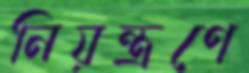
নিয়ন্ত্রণে